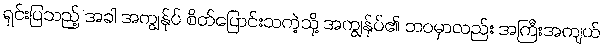
ရှင်းပြသည့် အခါ အကျွန်ုပ် စိတ်ပြောင်းသကဲ့သို့ အကျွန်ုပ်၏ ဘဝမှာလည်း အကြီးအကျယ်